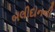
બલીદાનની